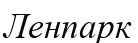
Ленпарк